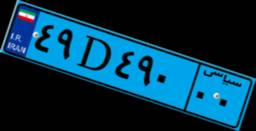
۴۸D۴۶۲۲۳